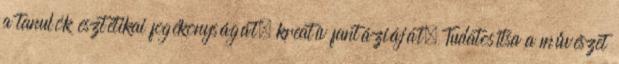
a tanulók esztétikai fogékonyságát, kreatív fantáziáját. Tudatosítsa a művészet